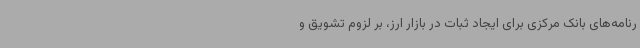
رنامه‌های بانک مرکزی برای ایجاد ثبات در بازار ارز، بر لزوم تشویق و